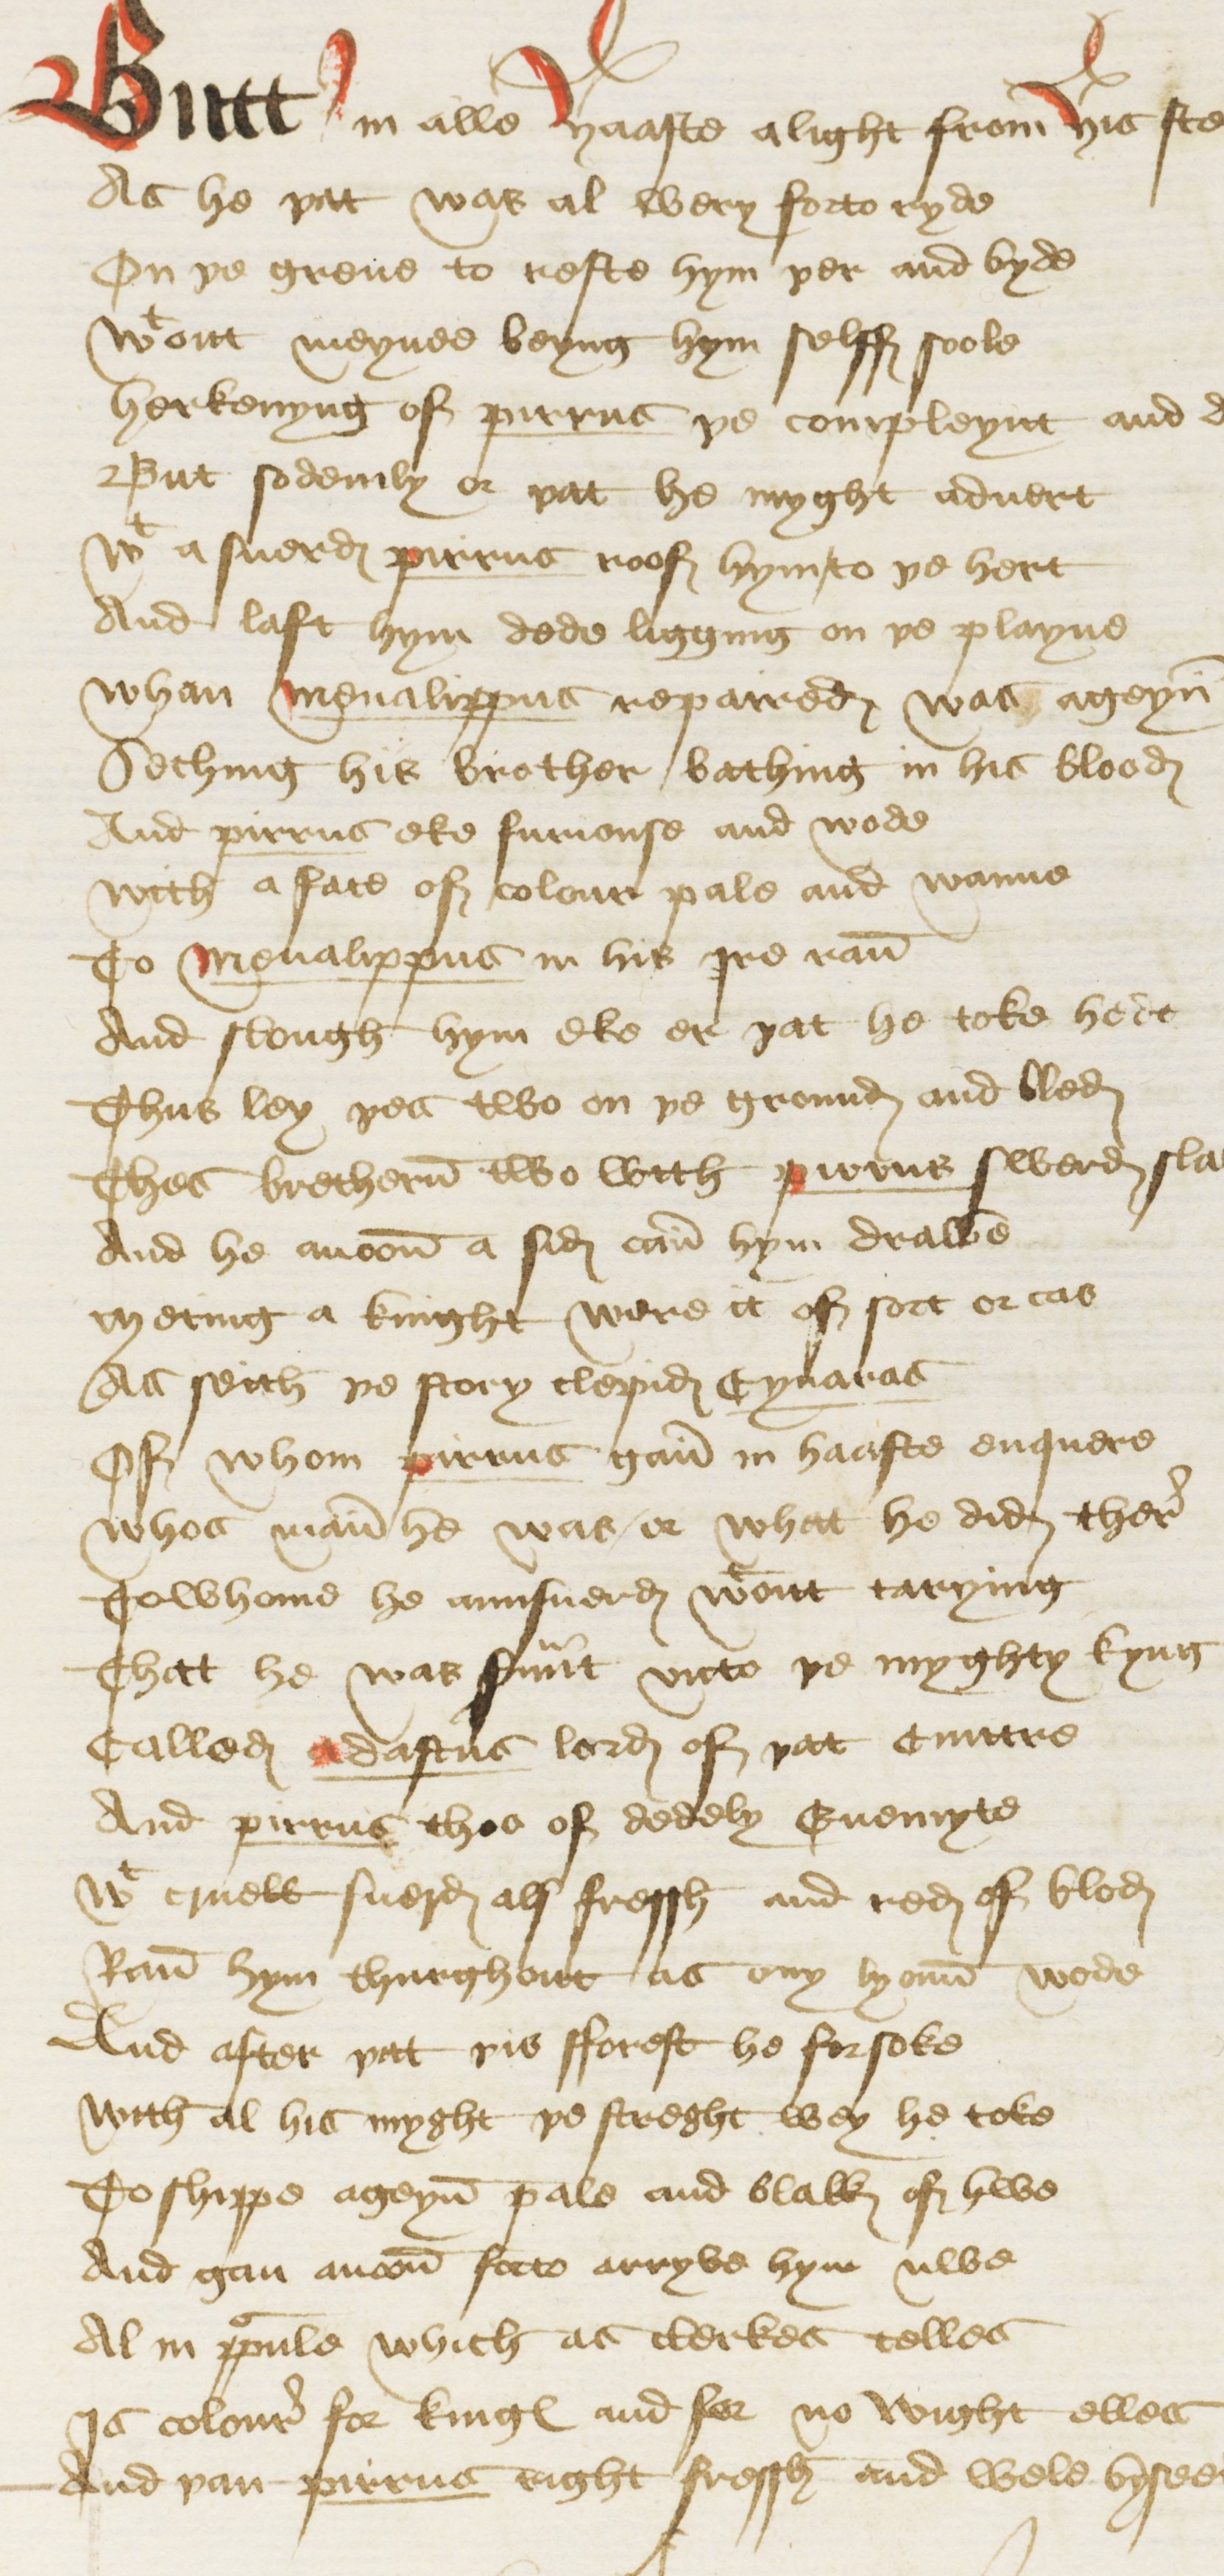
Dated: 1440–1460